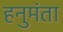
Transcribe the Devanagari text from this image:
हनुमंता